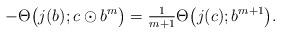
LaTeX: \begin{align*}-\Theta\big(j(b);c\odot b^{m}\big)=\tfrac{1}{m+1}\Theta\big(j(c);b^{m+1}\big).\end{align*}